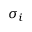
\boldsymbol { \sigma _ { i } }